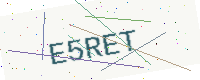
Text: E5RET